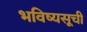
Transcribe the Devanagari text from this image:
भविष्यसूची